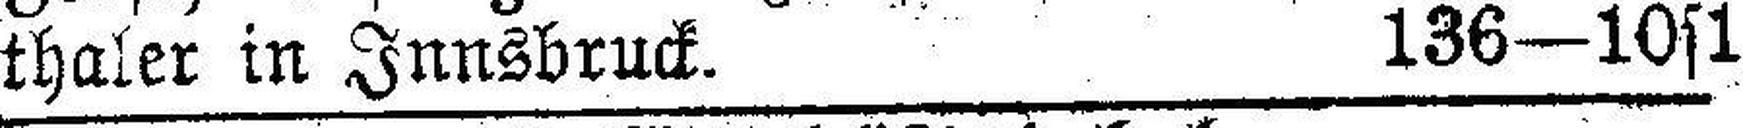
thaler in Innsbruck. 136—10s1